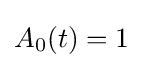
A_{0}(t)=1